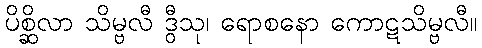
ပိစ္ဆိလာ သိမ္ဗလီ ဒွီသု၊ ရောစနော ကောဋသိမ္ဗလီ။